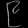
Digit: ၉